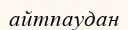
айтпаудан